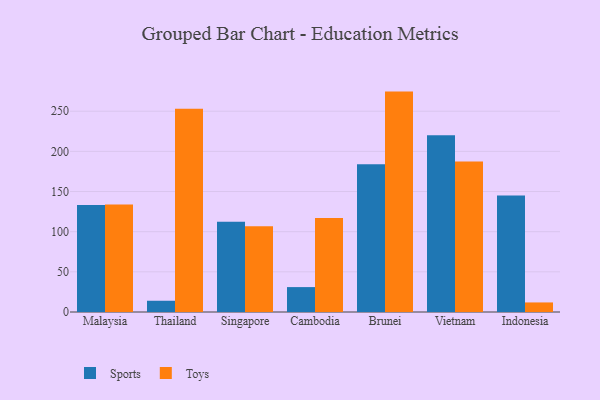
{"axis": {"x": "Country", "y": "Shipments"}, "legend": ["Sports", "Toys"], "data": [{"x": "Malaysia", "y": 133.1, "type": "Sports"}, {"x": "Malaysia", "y": 133.9, "type": "Toys"}, {"x": "Thailand", "y": 14.0, "type": "Sports"}, {"x": "Thailand", "y": 252.9, "type": "Toys"}, {"x": "Singapore", "y": 112.3, "type": "Sports"}, {"x": "Singapore", "y": 106.7, "type": "Toys"}, {"x": "Cambodia", "y": 31.0, "type": "Sports"}, {"x": "Cambodia", "y": 117.0, "type": "Toys"}, {"x": "Brunei", "y": 183.9, "type": "Sports"}, {"x": "Brunei", "y": 274.4, "type": "Toys"}, {"x": "Vietnam", "y": 220.2, "type": "Sports"}, {"x": "Vietnam", "y": 187.4, "type": "Toys"}, {"x": "Indonesia", "y": 145.0, "type": "Sports"}, {"x": "Indonesia", "y": 11.9, "type": "Toys"}]}